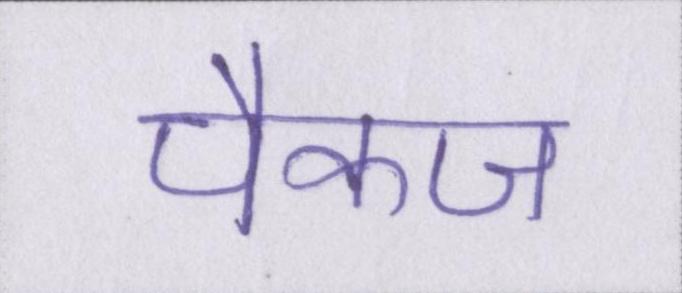
पैकज